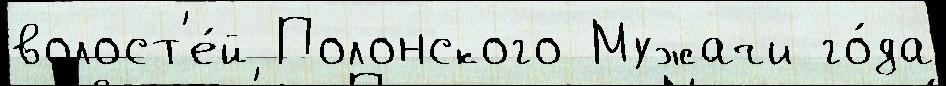
волост'е́й Полонского Мужачи го́да